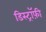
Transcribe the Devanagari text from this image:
डिस्ट्रॉफ़ी